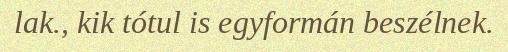
lak., kik tótul is egyformán beszélnek.